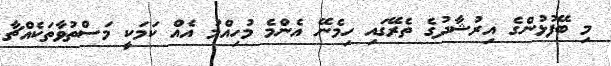
މި ބޭފުޅުންގެ އިރުޝާދުގެ ތެރޭގައި ހިމެނޭ އެންމެ މުހިއްމު އެއް ކަމަކީ މަސްތުވާތަކެއްޗާ